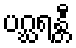
ပဂ္ဃရန္တီ